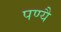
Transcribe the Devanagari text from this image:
पण्यै